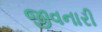
જીવનારી